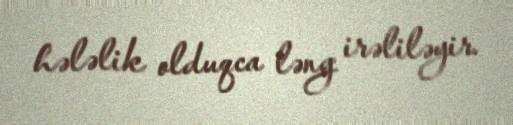
hələlik olduqca ləng irəliləyir.